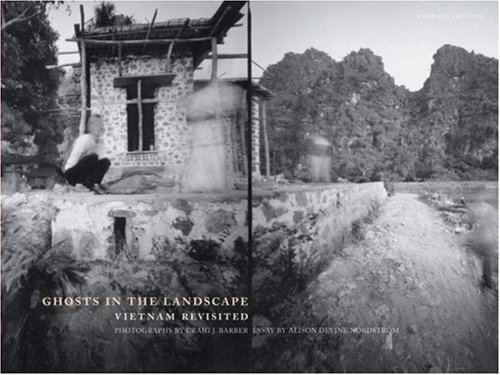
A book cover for Ghosts in the Landscape: Vietnam Revisited; Travel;